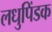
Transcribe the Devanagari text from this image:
लधुपिंडक